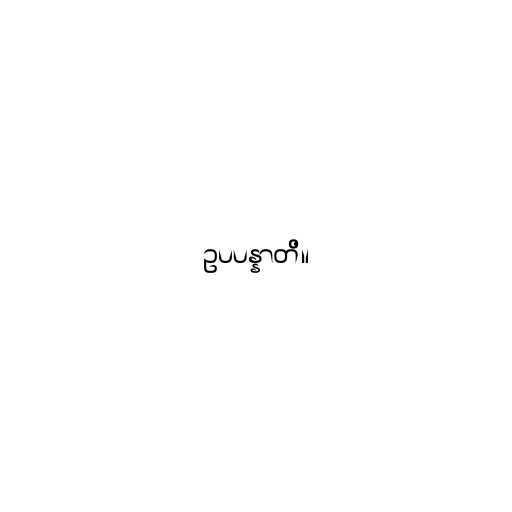
ဥပပန္နာတိ။